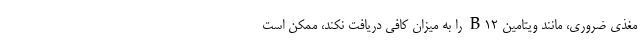
مغذی ضروری، مانند ویتامین B12 را به میزان کافی دریافت نکند، ممکن است